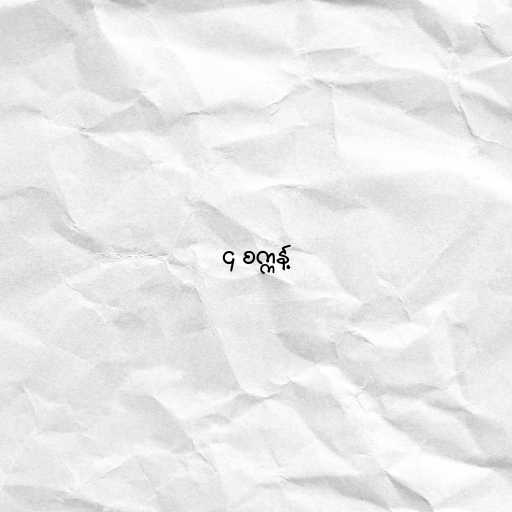
၄ စက္ကန့်